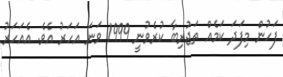
ފަހުން މިފަދަ ކަމެއް ތަޖުރިބާ ކުރެވުނީ 1999 ވަނަ އަހަރު އެވެ. އެއަހަރު